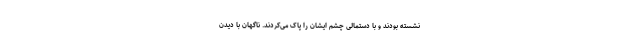
نشسته بودند و با دستمالی چشمِ ایشان را پاک می‌کردند. ناگهان با دیدن